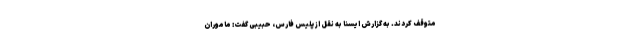
متوقف کردند. به گزارش ایسنا به نقل از پلیس فارس، حبیبی گفت: ماموران